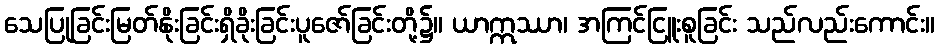
သေပြုခြင်းမြတ်နိုးခြင်းရှိခိုးခြင်းပူဇော်ခြင်းတို့၌။ ယာဣဿာ၊ အကြင်ငြူးစူခြင်း သည်လည်းကောင်း။